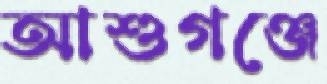
আশুগঞ্জে